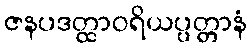
ဇနပဒတ္ထာဝရိယပ္ပတ္တာနံ